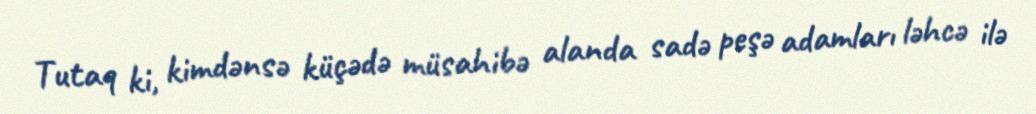
Tutaq ki, kimdənsə küçədə müsahibə alanda sadə peşə adamları ləhcə ilə